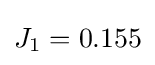
J_{1}=0.155